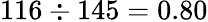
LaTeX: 116\div 145=0.80